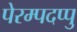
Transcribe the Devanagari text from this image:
पेरम्पदप्पु